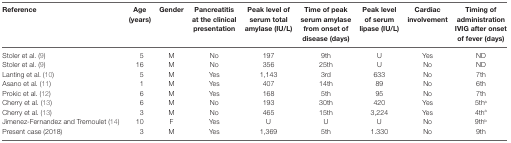
<table><thead><tr><td><b>Reference</b></td><td><b>Age (years)</b></td><td><b>Gender</b></td><td><b>Pancreatitis at the clinical presentation</b></td><td><b>Peak level of serum total amylase (IU/L)</b></td><td><b>Time of peak serum amylase from onset of disease (days)</b></td><td><b>Peak level of serum lipase (IU/L)</b></td><td><b>Cardiac involvement</b></td><td><b>Timing of administration IVIG after onset of fever (days)</b></td></tr></thead><tbody><tr><td>Stoler et al. (9)</td><td>5</td><td>M</td><td>No</td><td>197</td><td>9th</td><td>U</td><td>Yes</td><td>ND</td></tr><tr><td>Stoler et al. (9)</td><td>16</td><td>M</td><td>No</td><td>356</td><td>25th</td><td>U</td><td>No</td><td>ND</td></tr><tr><td>Lanting et al. (10)</td><td>5</td><td>M</td><td>Yes</td><td>1,143</td><td>3rd</td><td>633</td><td>No</td><td>7th</td></tr><tr><td>Asano et al. (11)</td><td>1</td><td>M</td><td>Yes</td><td>407</td><td>14th</td><td>89</td><td>No</td><td>6th</td></tr><tr><td>Prokic et al. (12)</td><td>6</td><td>M</td><td>Yes</td><td>168</td><td>5th</td><td>95</td><td>No</td><td>7th</td></tr><tr><td>Cherry et al. (13)</td><td>6</td><td>M</td><td>No</td><td>193</td><td>30th</td><td>420</td><td>Yes</td><td>5th<sup>a</sup></td></tr><tr><td>Cherry et al. (13)</td><td>3</td><td>M</td><td>No</td><td>465</td><td>15th</td><td>3,224</td><td>Yes</td><td>4th<sup>a</sup></td></tr><tr><td>Jimenez-Fernandez and Tremoulet (14)</td><td>10</td><td>F</td><td>Yes</td><td>U</td><td>U</td><td>U</td><td>No</td><td>9th<sup>b</sup></td></tr><tr><td>Present case (2018)</td><td>3</td><td>M</td><td>Yes</td><td>1,369</td><td>5th</td><td>1.330</td><td>No</td><td>9th</td></tr></tbody></table>